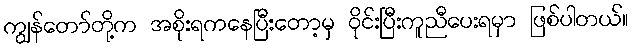
ကျွန်တော်တို့က အစိုးရကနေပြီးတော့မှ ဝိုင်းပြီးကူညီပေးရမှာ ဖြစ်ပါတယ်။